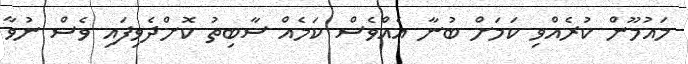
މައުމޫން ކުރެއްވި ކަމަށް ބުނާ އެއްވެސް ކަމެއް ސާބިތު ކޮށްދެވިފައި ވެސް ނުވާ